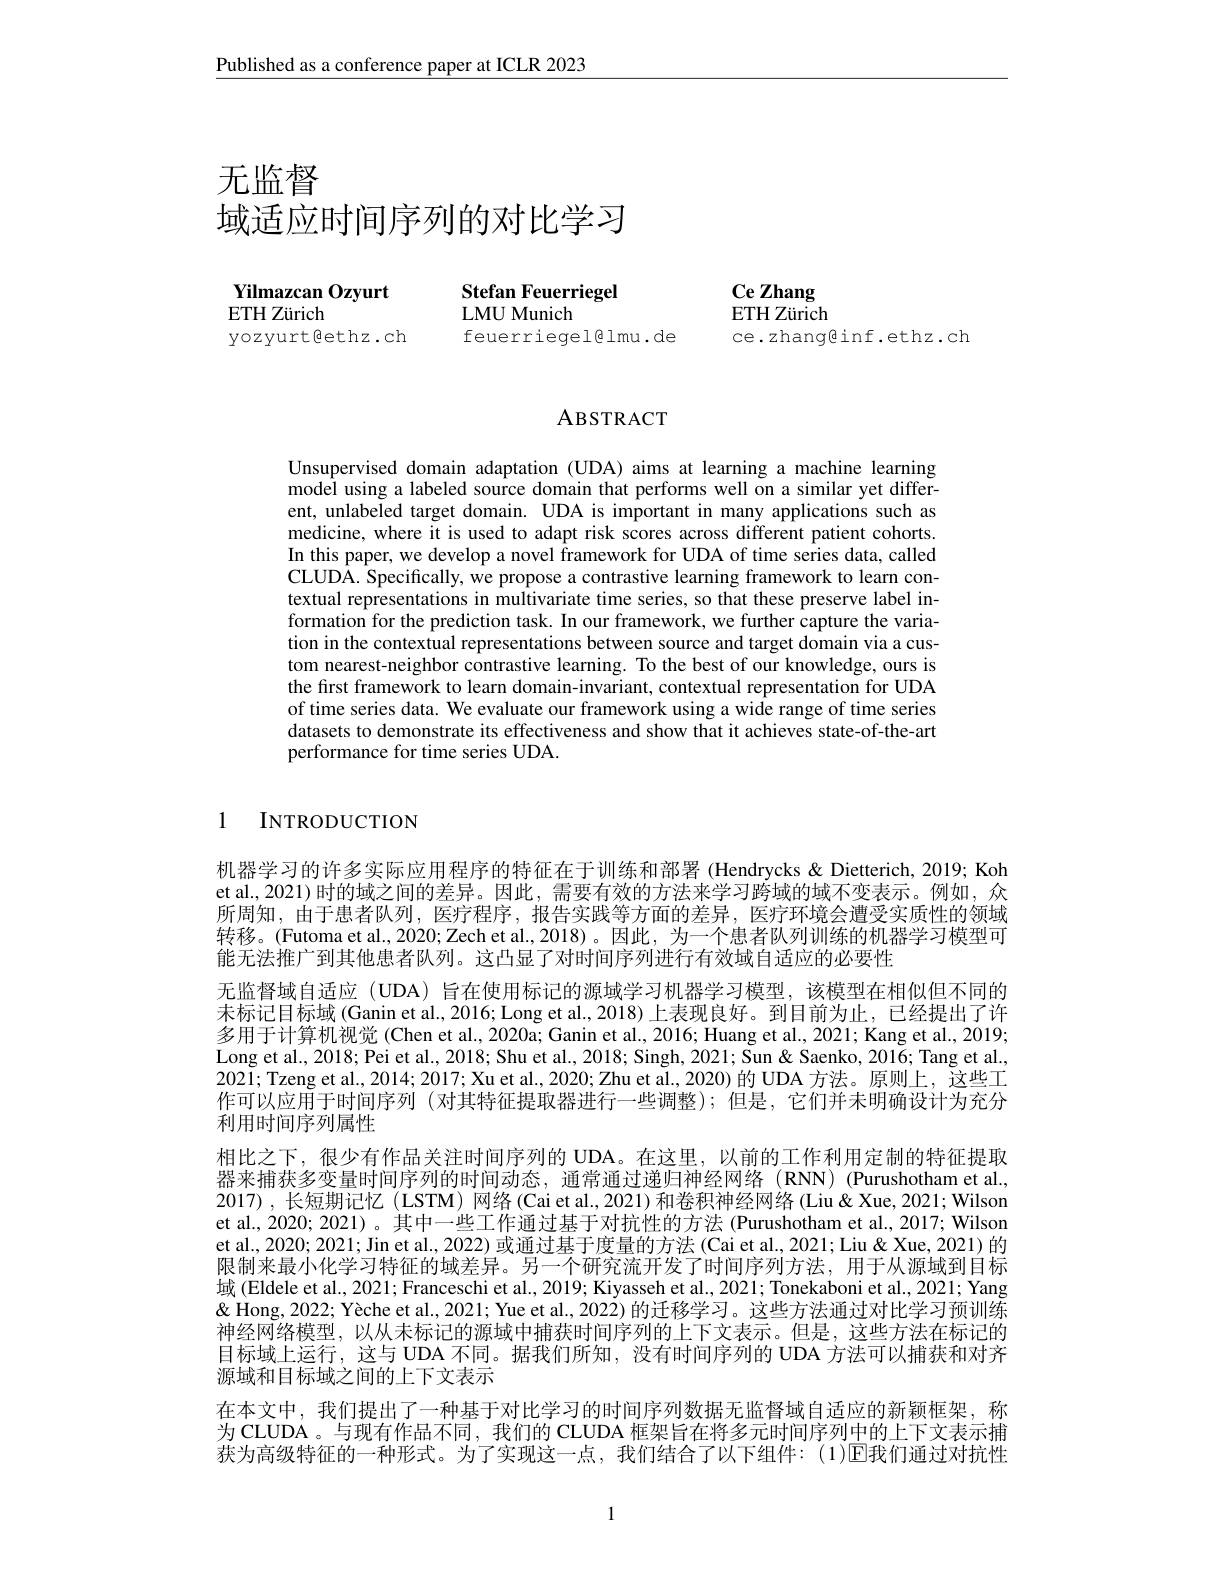
$\underline{\text{Published as a conference paper at ICLR 2023}}$

# 无监督
域适应时间序列的对比学习

Yilmazcan Ozyurt
ETH Zürich
yozyurt@ethz.ch

Stefan Feuerriegel
LMU Munich
feuerriegel@lmu.de

Ce Zhang ETH Zürich ce.zhang@inf.ethz.ch

## ABSTRACT

Unsupervised domain adaptation (UDA) aims at learning a machine learning model using a labeled source domain that performs well on a similar yet different, unlabeled target domain. UDA is important in many applications such as medicine, where it is used to adapt risk scores across different patient cohorts. In this paper, we develop a novel framework for UDA of time series data, called CLUDA. Specifically, we propose a contrastive learning framework to learn contextual representations in multivariate time series, so that these preserve label information for the prediction task. In our framework, we further capture the variation in the contextual representations between source and target domain via a custom nearest-neighbor contrastive learning. To the best of our knowledge, ours is the first framework to learn domain-invariant, contextual representation for UDA of time series data. We evaluate our framework using a wide range of time series datasets to demonstrate its effectiveness and show that it achieves state-of-the-art performance for time series UDA.

1

INTRODUCTION

机器学习的许多实际应用程序的特征在于训练和部署 (Hendrycks &Dietterich, 2019; Koh et al., 2021)时的域之间的差异。因此，需要有效的方法来学习跨域的域不变表示。例如，众所周知，由于患者队列，医疗程序，报告实践等方面的差异，医疗环境会遭受实质性的领域转移。(Futoma et al., 2020; Zech et al., 2018)。因此，为一个患者队列训练的机器学习模型可能无法推广到其他患者队列。这凸显了对时间序列进行有效域自适应的必要性
无监督域自适应 (UDA) 旨在使用标记的源域学习机器学习模型，该模型在相似但不同的未标记目标域(Ganin et al., 2016; Long et al., 2018) 上表现良好。到目前为止，已经提出了许多用于计算机视觉 (Chen et al., 2020a; Ganin et al., 2016; Huang et al., 2021; Kang et al.., 2019; Long et al., 2018; Pei et al., 2018; Shu et al., 2018; Singh, 2021; Sun & Saenko, 2016; Tang et al., 2021; Tzeng et al., 2014; 2017; Xu et al.. 2020; Zhu et al., 2020) 的 UDA 方法。原则上，这些工作可以应用于时间序列 (对其特征提取器进行一些调整);但是，它们并未明确设计为充分利用时间序列属性
相比之下，很少有作品关注时间序列的 UDA。在这里，以前的工作利用定制的特征提取器来捕获多变量时间序列的时间动态，通常通过递归神经网络(RNN)(Purushotham et al. 2017),长短期记忆(LSTM)网络(Caiet al.,2021)和卷积神经网络(Liu&Xue,2021;Wilson et al., 2020; 2021)。其中一些工作通过基于对抗性的方法 (Purushotham et al., 2017; Wilson et al., 2020; 2021; Jin et al., 2022) 或通过基于度量的方法 (Cai et al., 2021; Liu & Xue, 2021) 的限制来最小化学习特征的域差异。另一个研究流开发了时间序列方法，用于从源域到目标域 (Eldele et al., 2021; Franceschi et al., 2019; Kiyasseh et al., 2021; Tonekaboni et al., 2021; Yang & Hong, 2022; Yèche et al., 2021; Yue et al., 2022) 的迁移学习。这些方法通过对比学习预训练神经网络模型，以从未标记的源域中捕获时间序列的上下文表示。但是，这些方法在标记的目标域上运行，这与 UDA 不同。据我们所知 , 没有时间序列的 UDA 方法可以捕获和对齐源域和目标域之间的上下文表示
在本文中，我们提出了一种基于对比学习的时间序列数据无监督域自适应的新颖框架，称为 CLUDA 。与现有作品不同，我们的 CLUDA 框架旨在将多元时间序列中的上下文表示捕获为高级特征的一种形式。为了实现这一点，我们结合了以下组件：(1)$\mathbb{E}$我们通过对抗性

1